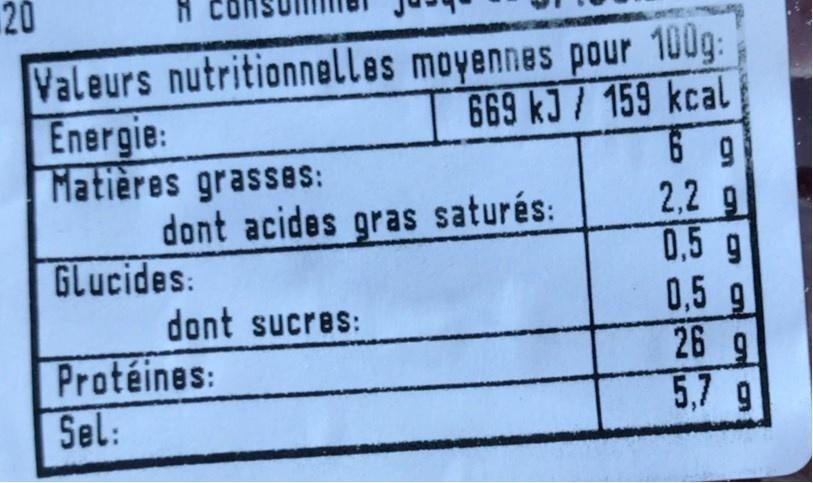
20
Valeurs nutritionnelles moyennes pour 100g: 669 kJ/ 159 kcal 6 g
Energie: Matières grasses: dont acides gras saturés: GLucides:
2,2 g 0,5 g
0,5 g 26 9
dont sucres:
Protéines: Sel:
5,7 g